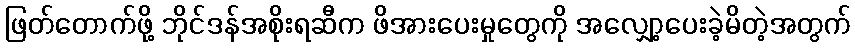
ဖြတ်တောက်ဖို့ ဘိုင်ဒန်အစိုးရဆီက ဖိအားပေးမှုတွေကို အလျှော့ပေးခဲ့မိတဲ့အတွက်